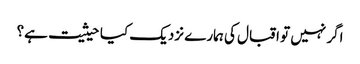
اگر نہیں تو اقبال کی ہمارے نزدیک کیا حیثیت ہے؟